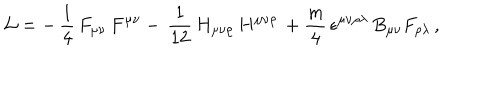
LaTeX: { \cal L } = - \, \frac { 1 } { 4 } \, F _ { \mu \nu } \, F ^ { \mu \nu } - \, \frac { 1 } { 1 2 } \, H _ { \mu \nu \rho } \, H ^ { \mu \nu \rho } \, + { \frac { m } { 4 } } \, \epsilon ^ { \mu \nu \rho \lambda } \, B _ { \mu \nu } F _ { \rho \lambda } \, ,